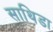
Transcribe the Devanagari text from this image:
साथिडा